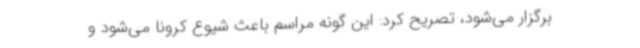
برگزار می‌شود، تصریح کرد: این گونه مراسم باعث شیوع کرونا می‌شود و